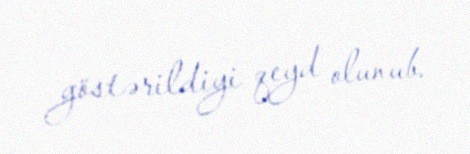
göstərildiyi qeyd olunub.